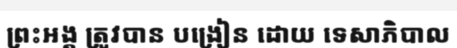
ព្រះអង្គ ត្រូវបាន បង្រៀន ដោយ ទេសាភិបាល